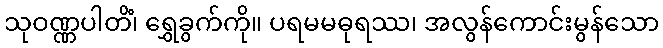
သုဝဏ္ဏပါတိံ၊ ရွှေခွက်ကို။ ပရမမဓုရဿ၊ အလွန်ကောင်းမွန်သော